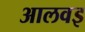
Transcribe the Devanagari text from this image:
आलवइ